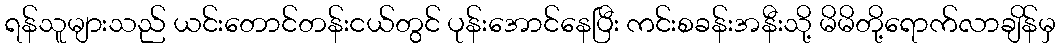
ရန်သူများသည် ယင်းတောင်တန်းငယ်တွင် ပုန်းအောင်နေပြီး ကင်းစခန်းအနီးသို့ မိမိတို့ရောက်လာချိန်မှ